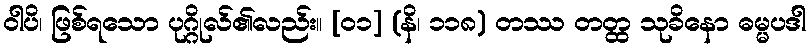
ဝါပိ၊ ဖြစ်ရသော ပုဂ္ဂိုလ်၏လည်း။ [၀၁] (နိ၊ ၁၁၈) တဿ တတ္ထ သုခိနော ဓမ္မပဒါ